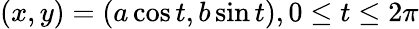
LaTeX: (x,y)=(a\cos{t},b\sin{t}),0\leq t\leq 2\pi